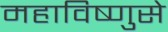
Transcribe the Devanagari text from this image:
महाविष्णुसे